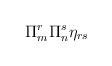
\begin{align*} \Pi^r_m \Pi^s_n \eta_{rs}\end{align*}